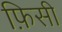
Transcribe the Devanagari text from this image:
फ़िसी